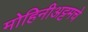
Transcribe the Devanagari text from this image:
मोहिनीअट्टमचे